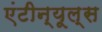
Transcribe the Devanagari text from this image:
एंटीन्यूल्स